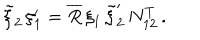
\tilde { \xi } _ { 2 } \, \xi _ { 1 } ^ { \prime } = \overline { { { R } } } \, \xi _ { 1 } \, \tilde { \xi } _ { 2 } ^ { \prime } \, N _ { 1 2 } ^ { T } \, .